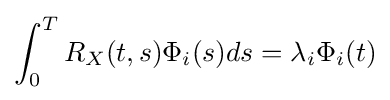
\int _{0}^{T}R_{X}(t,s)\Phi _{i}(s)ds=\lambda _{i}\Phi _{i}(t)